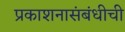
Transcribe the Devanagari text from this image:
प्रकाशनासंबंधीची